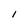
Character: I